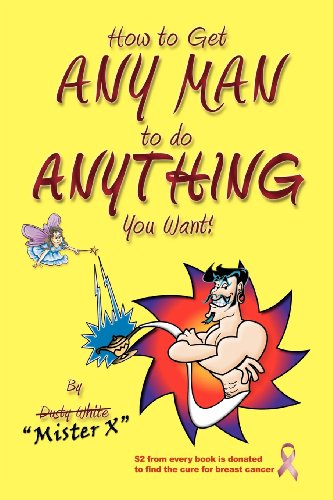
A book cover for How to Get Any Man to Do Anything You Want!; Dusty White; Crafts, Hobbies & Home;